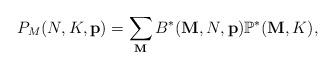
LaTeX: \begin{align*}P_{M}(N,K,\mathbf{p})=\sum_{\mathbf{M}}B^{*}(\mathbf{M},N,\mathbf{p})\mathbb{P}^{*}(\mathbf{M},K),\end{align*}